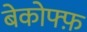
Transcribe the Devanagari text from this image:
बेकोफ्फ़